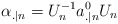
\begin{align*}\alpha_{.|n}=U_n^{-1}a^0_{.|n}U_n\end{align*}